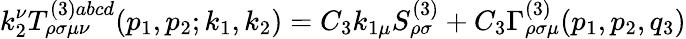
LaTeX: k_{2}^{\nu}T_{\rho\sigma\mu\nu}^{(3)abcd}(p_{1},p_{2};k_{1},k_{2})=C_{3}k_{1\mu}S_{\rho\sigma}^{(3)}+C_{3}\Gamma_{\rho\sigma\mu}^{(3)}(p_{1},p_{2},q_{3})